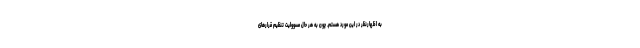
به اظهارنظر در این مورد هستم. چون به هر حال مسوولیت تنظیم قرارهای